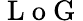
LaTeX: \mathrm{~L~o~G~}